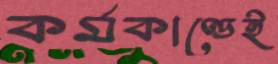
কর্মকাণ্ডেই